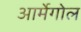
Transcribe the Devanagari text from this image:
आर्मेगोल